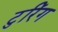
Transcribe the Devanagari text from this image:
टुरिंग